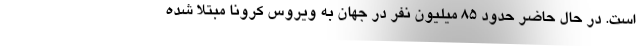
است. در حال حاضر حدود 85 میلیون نفر در جهان به ویروس کرونا مبتلا شده